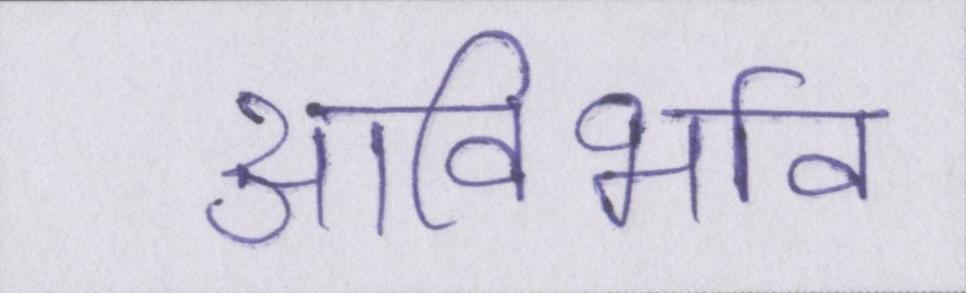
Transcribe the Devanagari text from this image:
आविर्भाव